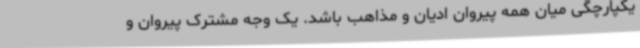
یکپارچگی میان همه پیروان ادیان و مذاهب باشد. یک وجه مشترک پیروان و